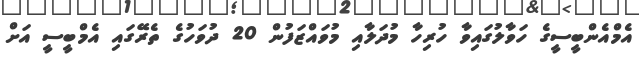
އެމްއެންބީސީގެ ހަވާލުގައިވާ ހުރިހާ މުދަލާއި މުވައްޒަފުން 20 ދުވަހުގެ ތެރޭގައި އެމްބީސީ އަށް